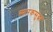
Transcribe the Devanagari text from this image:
स्मारकसुद्धा